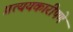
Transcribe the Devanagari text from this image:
प्रत्ययकारीपणे